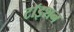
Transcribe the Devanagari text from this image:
टॉइशन